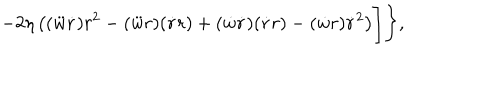
- 2 \eta \left( ( \ddot { w } \dot { r } ) r ^ { 2 } - ( \ddot { w } r ) ( \dot { r } r ) + ( \dot { w } \dot { r } ) ( \dot { r } r ) - ( \dot { w } r ) \dot { r } ^ { 2 } \right) \Biggr ] \Biggr \} ,